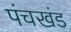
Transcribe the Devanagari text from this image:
पंचखंड